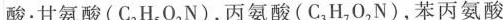
酸：甘氨酸(C_{2} H_{5} O_{2} N)，丙氨酸(C_{3} H_{7} O_{2} N)，苯丙氨酸